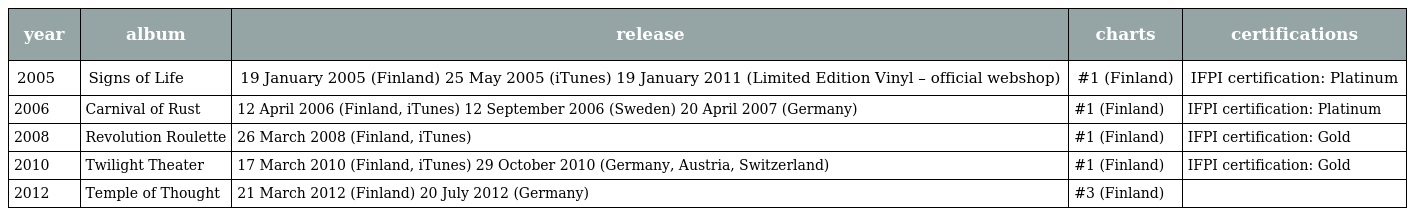
| year | album | release | charts | certifications |
 | --- | --- | --- | --- | --- |
 | 2005 | Signs of Life | 19 January 2005 (Finland) 25 May 2005 (iTunes) 19 January 2011 (Limited Edition Vinyl – official webshop) | #1 (Finland) | IFPI certification: Platinum |
 | 2006 | Carnival of Rust | 12 April 2006 (Finland, iTunes) 12 September 2006 (Sweden) 20 April 2007 (Germany) | #1 (Finland) | IFPI certification: Platinum |
 | 2008 | Revolution Roulette | 26 March 2008 (Finland, iTunes) | #1 (Finland) | IFPI certification: Gold |
 | 2010 | Twilight Theater | 17 March 2010 (Finland, iTunes) 29 October 2010 (Germany, Austria, Switzerland) | #1 (Finland) | IFPI certification: Gold |
 | 2012 | Temple of Thought | 21 March 2012 (Finland) 20 July 2012 (Germany) | #3 (Finland) |  |